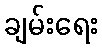
ချမ်းရေး